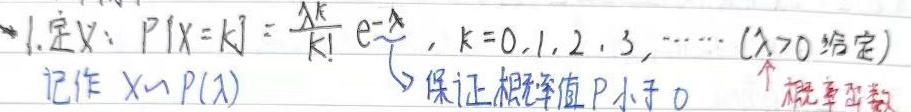
1. 定义：\(P\{X = k\}=\frac{\lambda^{k}}{k!}e^{-\lambda},k = 0,1,2,3,\cdots(\lambda>0\text{ 给定})\) 记作 \(X\sim P(\lambda)\)
（保证概率值 \(P\) 小于 \(0\) 此处有误，应为保证概率合理；旁边标注“概率函数”）